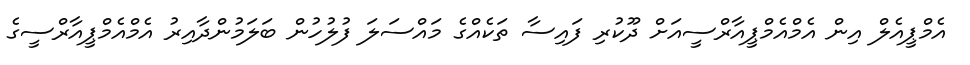
އެމްޕީއެލް އިން އެމްއެމްޕީއާރްސީއަށް ދޫކުރި ފައިސާ ތަކެއްގެ މައްސަލަ ފުލުހުން ބަލަމުންދާއިރު އެމްއެމްޕީއާރްސީގެ